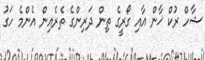
ޝާހް ރުކް ޚާން އާއި ގޯރީގެ ތިން ދަރިންގެ ތެރެއިން އެންމެ ހަގު